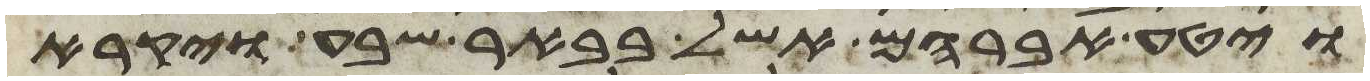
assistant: ויטע אברהם אשל בבאר שבע ויקרא